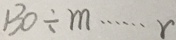
1 3 0 \div m \cdots r